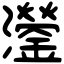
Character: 灐